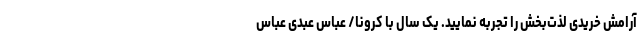
آرامش خریدی لذت‌بخش را تجربه نمایید. یک سال با کرونا/ عباس عبدی عباس